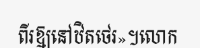
ពីរឱ្យនៅឋិតថេរ»។លោក